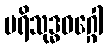
ပရိသုဒ္ဓဝဂ္ဂေါ